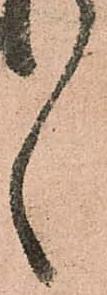
ゝ